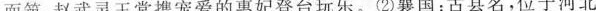
而筑，赵武灵王常携宠爱的惠妃登台玩乐。②襄国：古县名，位于河北